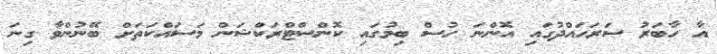
އާ ހާބަރު ސަރަހައްދުގައި އޮންނަ ހުސް ބިމުގައި ކޮންސްޓްރަކްޝަން މަސައްކަތަށް ބޭނުންވާ ގިނަ